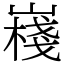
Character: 嶘